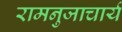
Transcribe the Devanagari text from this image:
रामनुजाचार्य